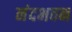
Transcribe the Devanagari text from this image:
नंदभवन